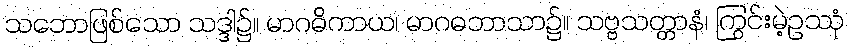
သဘောဖြစ်သော သဒ္ဒါ၌။ မာဂဓိကာယ၊ မာဂဓဘာသာ၌။ သဗ္ဗသတ္တာနံ၊ ကြွင်းမဲ့ဥဿုံ